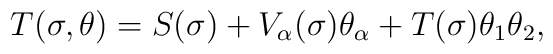
T(\sigma, \theta) = S(\sigma) + V_\alpha (\sigma) \theta_\alpha + T(\sigma) \theta_1 \theta_2\nonumber\\,